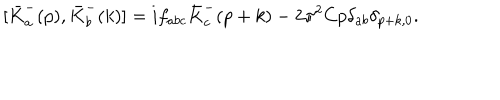
LaTeX: [ { \bar { K } } _ { a } ^ { - } ( p ) , { \bar { K } } _ { b } ^ { - } ( k ) ] = i f _ { a b c } { \bar { K } } _ { c } ^ { - } ( p + k ) - 2 { \pi } ^ { 2 } C p { \delta } _ { a b } { \delta } _ { p + k , 0 } .